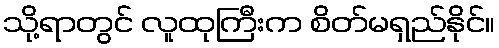
သို့ရာတွင် လူထုကြီးက စိတ်မရှည်နိုင်။